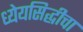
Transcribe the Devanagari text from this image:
ध्येयसिद्धीचा